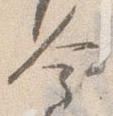
金